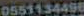
0551134496